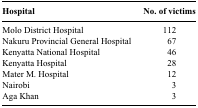
<table><thead><tr><td><b>Hospital</b></td><td><b>No. of victims</b></td></tr></thead><tbody><tr><td>Molo District Hospital</td><td>112</td></tr><tr><td>Nakuru Provincial General Hospital</td><td>67</td></tr><tr><td>Kenyatta National Hospital</td><td>46</td></tr><tr><td>Kenyatta Hospital</td><td>28</td></tr><tr><td>Mater M. Hospital</td><td>12</td></tr><tr><td>Nairobi</td><td>3</td></tr><tr><td>Aga Khan</td><td>3</td></tr></tbody></table>